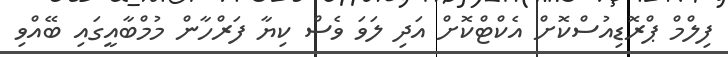
ފިލްމް ޕްރޮޑިއުސްކޮށް އެކްޓްކޮށް އަދި ލަވަ ވެސް ކިޔާ ފަރްހާން މުމްބާއީގައި ބޭއްވި